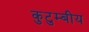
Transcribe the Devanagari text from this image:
कुटुम्बीय